Indian journal of veterinary science and animal husbandry - Volume 10,
Year: 1940
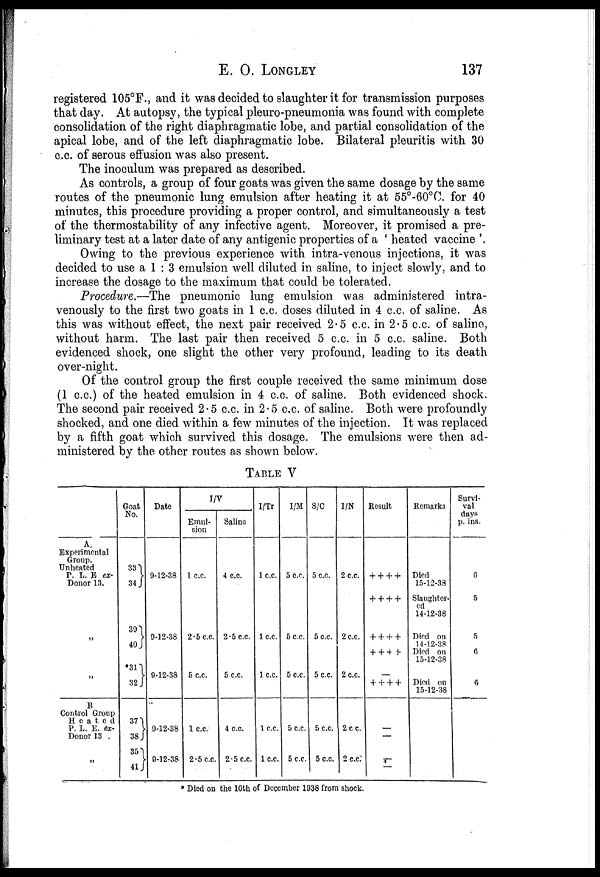
E. O. LONGLEY 137
registered 105°F., and it was decided to slaughter it for transmission purposes
that day. At autopsy, the typical pleuro-pneumonia was found with complete
consolidation of the right diaphragmatic lobe, and partial consolidation of the
apical lobe, and of the left diaphragmatic lobe. Bilateral pleuritis with 30
c.c. of serous effusion was also present.
The inoculum was prepared as described.
As controls, a group of four goats was given the same dosage by the same
routes of the pneumonic lung emulsion after heating it at 55°-60°C. for 40
minutes, this procedure providing a proper control, and simultaneously a test
of the thermostability of any infective agent. Moreover, it promised a pre-
liminary test at a later date of any antigenic properties of a ' heated vaccine '.
Owing to the previous experience with intra-venous injections, it was
decided to use a 1 : 3 emulsion well diluted in saline, to inject slowly, and to
increase the dosage to the maximum that could be tolerated.
Procedure.—The pneumonic lung emulsion was administered intra-
venously to the first two goats in 1 c.c. doses diluted in 4 c.c. of saline. As
this was without effect, the next pair received 2.5 c.c. in 2.5 c.c. of saline,
without harm. The last pair then received 5 c.c. in 5 c.c. saline. Both
evidenced shock, one slight the other very profound, leading to its death
over-night.
Of the control group the first couple received the same minimum dose
(1 c.c.) of the heated emulsion in 4 c.c. of saline. Both evidenced shock.
The second pair received 2.5 c.c. in 2.5 c.c. of saline. Both were profoundly
shocked, and one died within a few minutes of the injection. It was replaced
by a fifth goat which survived this dosage. The emulsions were then ad-
ministered by the other routes as shown below.
TABLE V
A.
Experimental
Group.
Unheated
P. L. E ex-
Donor 13.
„
„
B
Control Group
Heated
P. L. E. ex-
Donor 13
„
Goat
No.
33 }
34
39 }
40
*31}
32
37 }
38
35 }
41
Date
9-12-38
9-12-38
9-12-38
9-12-38
9-12-38
I/V
Emul-
sion
1 c.c.
2.5 c.c.
6 c.c.
1 c.c.
2.5 c.c.
Saline
4 c.c.
2.5 c.c.
5 c.c.
4 c.c.
2.5 c.c.
I/Tr
1 c.c.
1 c.c.
1 c.c.
1 c.c.
1 c.c.
I/M
5 c.c.
5 c.c.
5 c.c.
5 c.c.
5 c.c.
S/C
5 c.c.
5 c.c.
5 c.c.
5 c.c.
5 c.c.
I/N
2 c.c.
2 c.c.
2 c.c.
2 c.c.
2 c.c.
Result
+ + + +
+ + + +
+ + + +
+ + + +
—
+ + + +
—
—
—
—
Remarks
Died
15-12-38
Slaughter-
ed
14-12-38
Died on
14-12-38
Died on
15-12-38
Died on
15-12-38
Survi-
val
days
p. ins.
6
5
5
6
6
* Died on the 10th of December 1938 from shock.